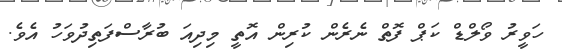
ހަވީރު ވޯލްޑް ކަޕް ފޮތް ނެރެން ކުރިން އޮތީ މިދިއަ ބުރާސްފަތިދުވަހު އެވެ.